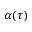
\alpha ( \tau )